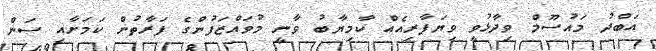
އަބްދު މައުސޫމް ވިދާޅުވީ ވިޔަފާރިއެއް ކާމިޔާބު ވާނީ މުވައްޒަފުންގެ ފަރާތުން ކަމަށާއި ސަން